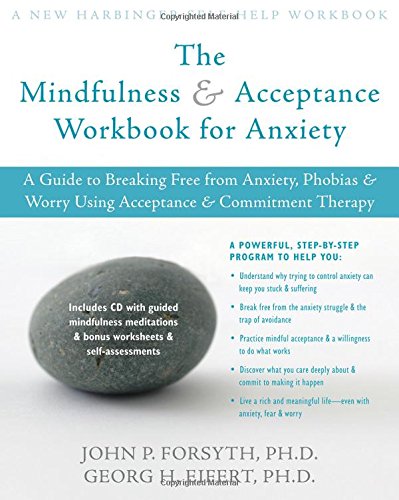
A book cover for The Mindfulness and Acceptance Workbook for Anxiety: A Guide to Breaking Free from Anxiety, Phobias, and Worry Using Acceptance and Commitment Therapy; John P. Forsyth; Self-Help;